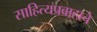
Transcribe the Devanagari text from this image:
साहित्यप्रवाहाचे